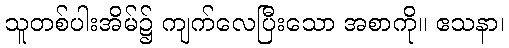
သူတစ်ပါးအိမ်၌ ကျက်လေပြီးသော အစာကို။ ဧသနာ၊